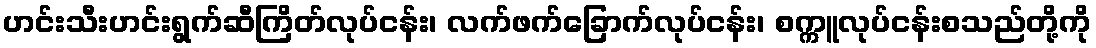
ဟင်းသီးဟင်းရွက်ဆီကြိတ်လုပ်ငန်း၊ လက်ဖက်ခြောက်လုပ်ငန်း၊ စက္ကူလုပ်ငန်းစသည်တို့ကို